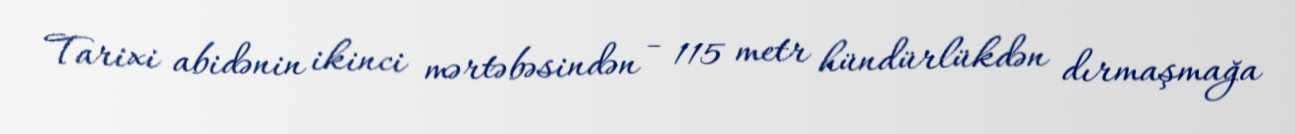
Tarixi abidənin ikinci mərtəbəsindən - 115 metr hündürlükdən dırmaşmağa